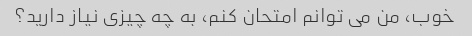
خوب، من می توانم امتحان کنم، به چه چیزی نیاز دارید؟